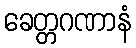
ခေတ္တဂဏာနံ